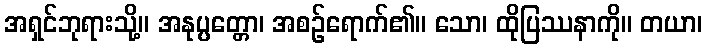
အရှင်ဘုရားသို့။ အနုပ္ပတ္တော၊ အစဉ်ရောက်၏။ သော၊ ထိုပြဿနာကို။ တယာ၊